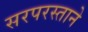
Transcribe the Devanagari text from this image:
सरपरस्ताने